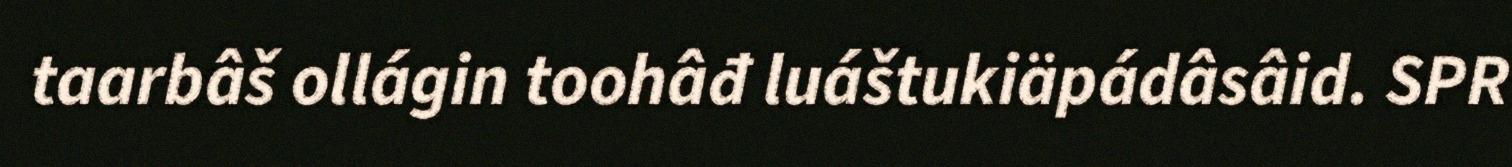
taarbâš ollágin toohâđ luáštukiäpádâsâid. SPR